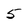
Character: 5